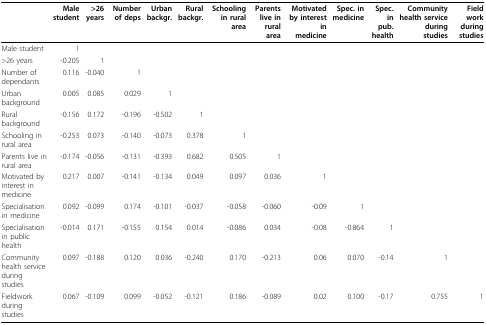
|  | Male student | >26 years | Number of deps | Urban backgr. | Rural backgr. | Schooling in rural area | Parents live in rural area | Motivated by interest in medicine | Spec. in medicine | Spec. in pub. health | Community health service during studies | Field work during studies |
 | --- | --- | --- | --- | --- | --- | --- | --- | --- | --- | --- | --- | --- |
 | Male student | 1 |  |  |  |  |  |  |  |  |  |  |  |
 | >26 years | -0.205 | 1 |  |  |  |  |  |  |  |  |  |  |
 | Number of dependants | 0.116 | -0.040 | 1 |  |  |  |  |  |  |  |  |  |
 | Urban background | 0.005 | 0.085 | 0.029 | 1 |  |  |  |  |  |  |  |  |
 | Rural background | -0.156 | 0.172 | -0.196 | -0.502 | 1 |  |  |  |  |  |  |  |
 | Schooling in rural area | -0.253 | 0.073 | -0.140 | -0.073 | 0.378 | 1 |  |  |  |  |  |  |
 | Parents live in rural area | -0.174 | -0.056 | -0.131 | -0.393 | 0.682 | 0.505 | 1 |  |  |  |  |  |
 | Motivated by interest in medicine | 0.217 | 0.007 | -0.141 | -0.134 | 0.049 | 0.097 | 0.036 | 1 |  |  |  |  |
 | Specialisation in medicine | 0.092 | -0.099 | 0.174 | -0.101 | -0.037 | -0.058 | -0.060 | -0.09 | 1 |  |  |  |
 | Specialisation in public health | -0.014 | 0.171 | -0.155 | 0.154 | 0.014 | -0.086 | 0.034 | -0.08 | -0.864 | 1 |  |  |
 | Community health service during studies | 0.097 | -0.188 | 0.120 | 0.036 | -0.240 | 0.170 | -0.213 | 0.06 | 0.070 | -0.14 | 1 |  |
 | Fieldwork during studies | 0.067 | -0.109 | 0.099 | -0.052 | -0.121 | 0.186 | -0.089 | 0.02 | 0.100 | -0.17 | 0.755 | 1 |